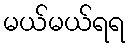
မယ်မယ်ရရ